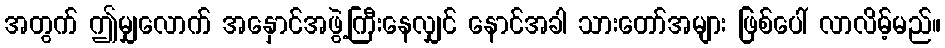
အတွက် ဤမျှလောက် အနှောင်အဖွဲ့ကြီးနေလျှင် နောင်အခါ သားတော်အများ ဖြစ်ပေါ် လာလိမ့်မည်။